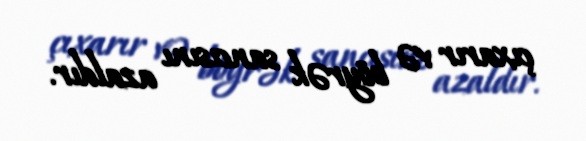
çıxarır və böyrək sancısını azaldır.